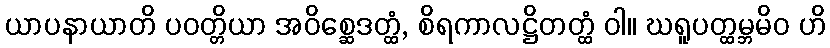
ယာပနာယာတိ ပဝတ္တိယာ အဝိစ္ဆေဒတ္ထံ, စိရကာလဋ္ဌိတတ္ထံ ဝါ။ ဃရူပတ္ထမ္ဘမိဝ ဟိ